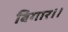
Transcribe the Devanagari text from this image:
बिगार।।